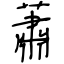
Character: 蕭